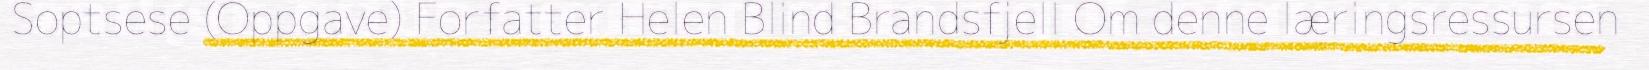
Soptsese (Oppgave) Forfatter Helen Blind Brandsfjell Om denne læringsressursen